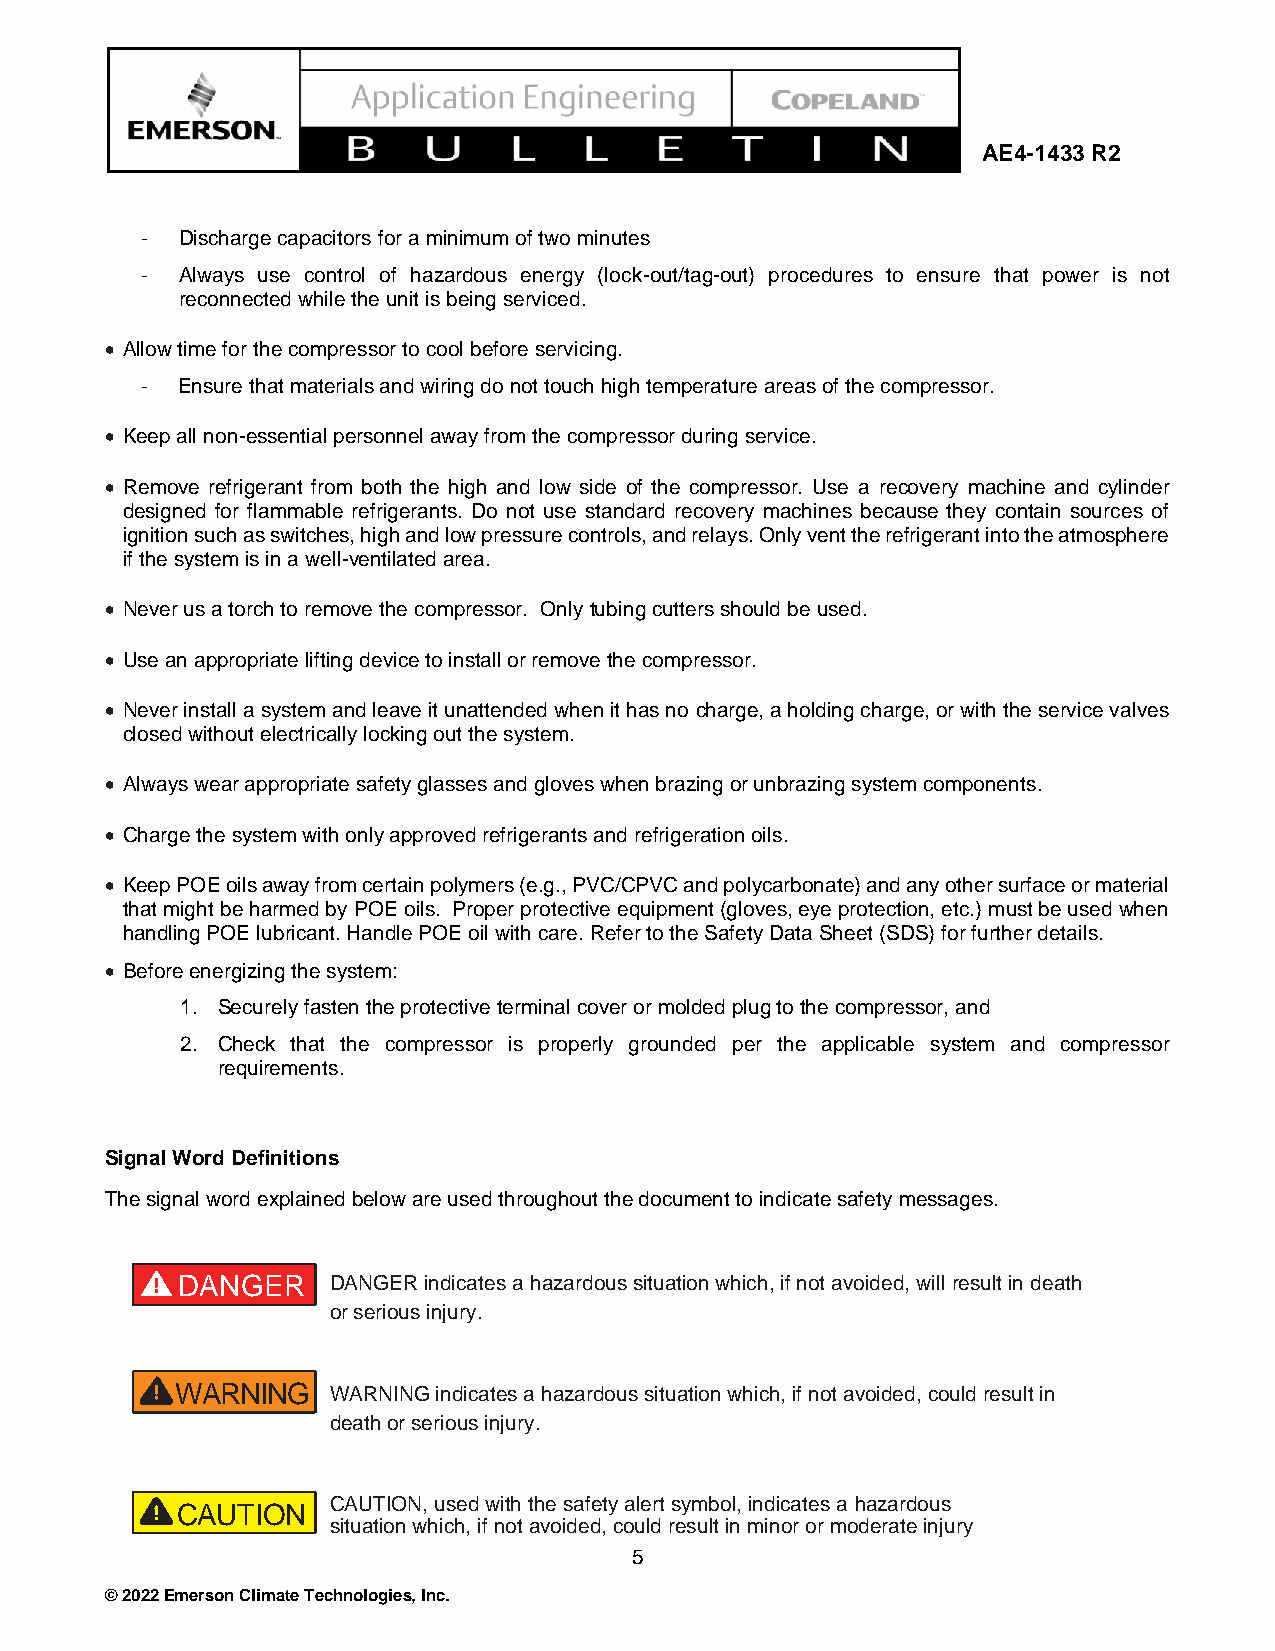
AE4-1433 R2
 -  Discharge capacitors for a minimum of two minutes
 -  Always use control of hazardous energy (lock-out/tag-out) procedures to ensure that power is not
 reconnected while the unit is being serviced.
 • Allow time for the compressor to cool before servicing.
 -  Ensure that materials and wiring do not touch high temperature areas of the compressor.
 • Keep all non-essential personnel away from the compressor during service.
 • Remove refrigerant from both the high and low side of the compressor. Use a recovery machine and cylinder
 designed for flammable refrigerants. Do not use standard recovery machines because they contain sources of
 ignition such as switches, high and low pressure controls, and relays. Only vent the refrigerant into the atmosphere
 if the system is in a well-ventilated area.
 • Never us a torch to remove the compressor. Only tubing cutters should be used.
 • Use an appropriate lifting device to install or remove the compressor.
 • Never install a system and leave it unattended when it has no charge, a holding charge, or with the service valves
 closed without electrically locking out the system.
 • Always wear appropriate safety glasses and gloves when brazing or unbrazing system components.
 • Charge the system with only approved refrigerants and refrigeration oils.
 • Keep POE oils away from certain polymers (e.g., PVC/CPVC and polycarbonate) and any other surface or material
 that might be harmed by POE oils. Proper protective equipment (gloves, eye protection, etc.) must be used when
 handling POE lubricant. Handle POE oil with care. Refer to the Safety Data Sheet (SDS) for further details.
 • Before energizing the system:
 1. Securely fasten the protective terminal cover or molded plug to the compressor, and
 2. Check that the compressor is properly grounded per the applicable system and compressor
 requirements.
 Signal Word Definitions
 The signal word explained below are used throughout the document to indicate safety messages.
 DANGER    DANGER indicates a hazardous situation which, if not avoided, will result in death
 or serious injury.
 WARNING   WARNING indicates a hazardous situation which, if not avoided, could result in
 death or serious injury.
 CAUTION, used with the safety alert symbol, indicates a hazardous
 CAUTION
 situation which, if not avoided, could result in minor or moderate injury
 5
 © 2022 Emerson Climate Technologies, Inc.